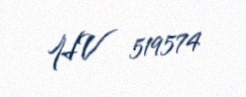
HV 519574